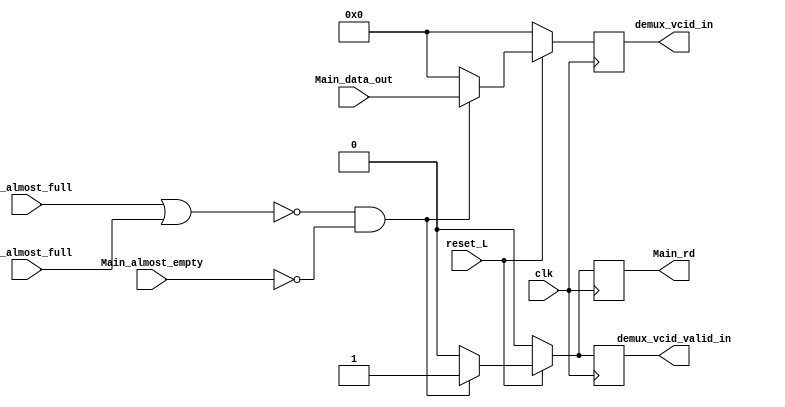
module fifo_main_pop_cond (
    input clk,
    input VC0_almost_full,
    input reset_L,
    input VC1_almost_full,
    input Main_almost_empty,
    input [5:0] Main_data_out,
    output reg [5:0] demux_vcid_in,
    output reg demux_vcid_valid_in,
    output reg Main_rd
);

    reg [5:0] data_out_recordar;
    reg demux_vcid_valid_in_recordar;
    reg Main_rd_recordar;
    reg VC0_almost_full_retardado, VC1_almost_full_retardado;

    always @(*) begin
        if ( (!(VC0_almost_full || VC1_almost_full)) && !(Main_almost_empty)) begin
            data_out_recordar = Main_data_out;
            demux_vcid_valid_in_recordar = 1; 
            Main_rd_recordar = 1;
        end else begin
            data_out_recordar = 0;
            demux_vcid_valid_in_recordar = 0; 
            Main_rd_recordar = 0;
        end
    end


    always @(posedge clk) begin
        if (reset_L == 1) begin
                demux_vcid_in <= data_out_recordar; 
                demux_vcid_valid_in <= demux_vcid_valid_in_recordar;
                Main_rd <= Main_rd_recordar;
            end
        else begin
            demux_vcid_in <= 0; 
            demux_vcid_valid_in <= 0;
            Main_rd <= 0;
        end
    end


/*
    always @(*) begin
        if (!(VC0_almost_full || VC1_almost_full) && !(Main_empty)) begin
            data_out_recordar = Main_data_out;
            demux_vcid_valid_in_recordar = 1; 
            Main_rd_recordar = 1;
        end else begin
            data_out_recordar = 0;
            demux_vcid_valid_in_recordar = 0; 
            Main_rd_recordar = 0;
        end
    end

    always @(posedge clk) begin
        if (reset_L == 1) begin
            if(!(VC0_almost_full || VC1_almost_full) && !(Main_empty)) begin
                demux_vcid_in <= data_out_recordar;
                demux_vcid_valid_in <= demux_vcid_valid_in_recordar;
                Main_rd <= Main_rd_recordar;
            end else begin
                demux_vcid_in <= 0; 
                demux_vcid_valid_in <= 0;
                Main_rd <= 0;
            end
        end else begin
            demux_vcid_in <= 0;
            demux_vcid_valid_in <= 0;
            Main_rd <= 0;
        end
    end
*/

endmodule